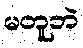
မတူဘဲ